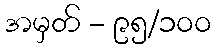
အမှတ် - ၉၅/၁၀၀